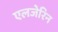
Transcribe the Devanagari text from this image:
एलजेरिन